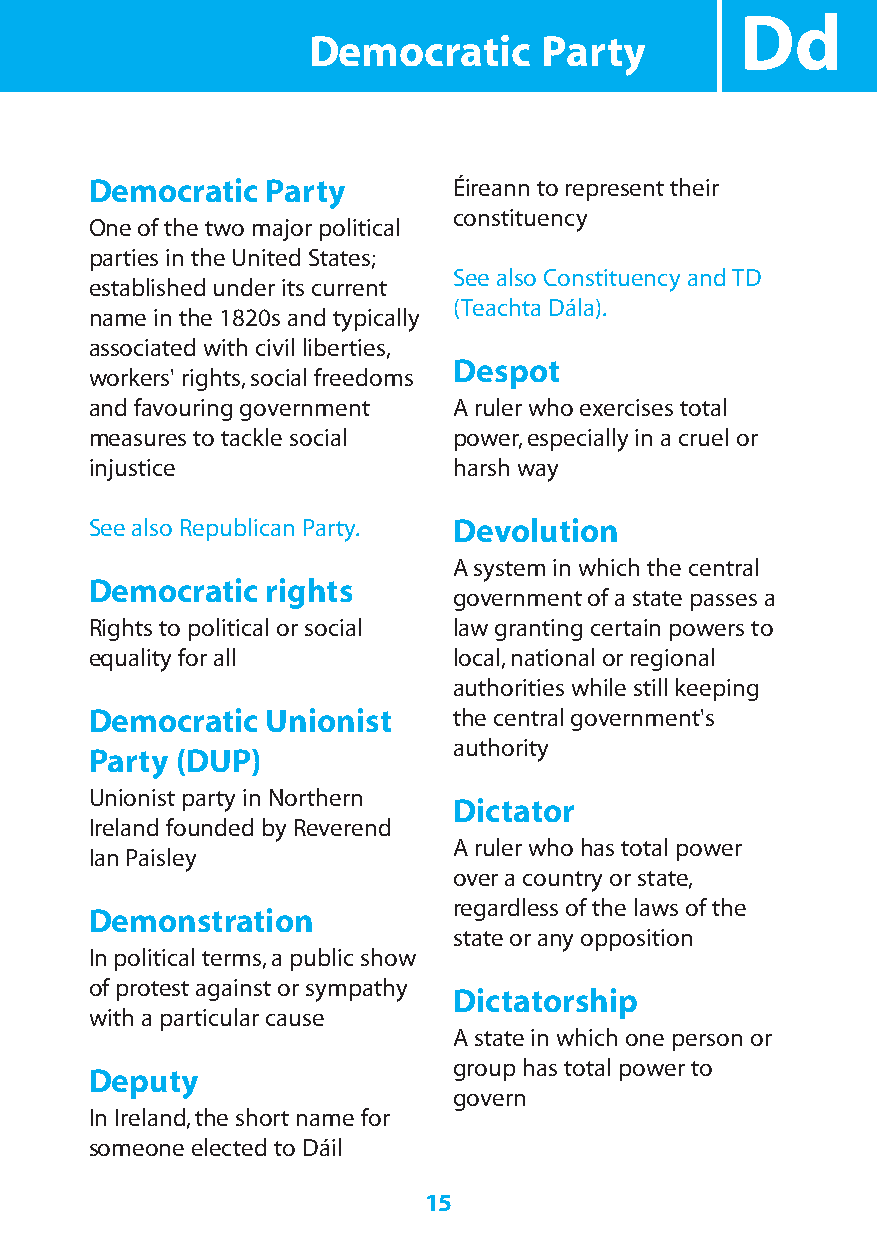
Dd
 Democratic      Party
 Democratic  Party       Éireann to represent their
 constituency
 One of the two major political
 parties in the United States;
 See also Constituency and TD
 established under its current
 (Teachta Dála).
 name in the 1820s and typically
 associated with civil liberties,
 Despot
 workers' rights,social freedoms
 and favouring government A ruler who exercises total
 measures to tackle social power,especially in a cruel or
 injustice               harsh way
 See also Republican Party. Devolution
 A system in which the central
 Democratic  rights
 government of a state passes a
 Rights to political or social law granting certain powers to
 equality for all        local,national or regional
 authorities while still keeping
 Democratic  Unionist    the central government's
 authority
 Party (DUP)
 Unionist party in Northern
 Dictator
 Ireland founded by Reverend
 A ruler who has total power
 Ian Paisley
 over a country or state,
 regardless of the laws of the
 Demonstration
 state or any opposition
 In political terms,a public show
 of protest against or sympathy
 Dictatorship
 with a particular cause
 A state in which one person or
 group has total power to
 Deputy
 govern
 In Ireland,the short name for
 someone elected to Dáil
 15